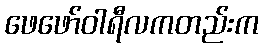
ဖေဖော်ဝါရီလကတည်းက